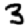
Digit: 3